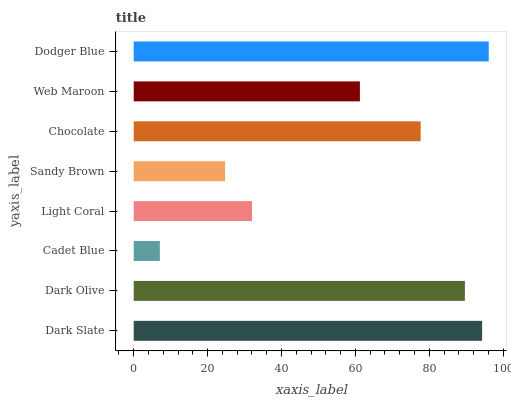
| yaxis_label | bars |
 | --- | --- |
 | Dark Slate | 94.3 |
 | Dark Olive | 89.6 |
 | Cadet Blue | 7.08 |
 | Light Coral | 32 |
 | Sandy Brown | 24.7 |
 | Chocolate | 77.7 |
 | Web Maroon | 61.2 |
 | Dodger Blue | 96.1 |